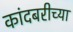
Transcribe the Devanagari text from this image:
कांदबरीच्या